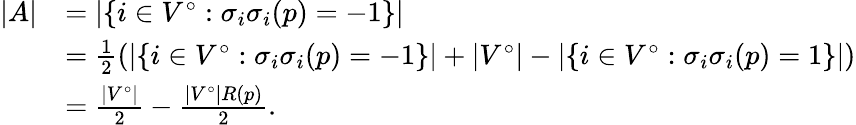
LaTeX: \begin{array}{rl}{|A|}&{=|\{ i\in V^{\circ}:\sigma_{i}\sigma_{i}(p)=-1\} |}\\ &{=\frac{1}{2}(|\{ i\in V^{\circ}:\sigma_{i}\sigma_{i}(p)=-1\} |+|V^{\circ}|-|\{ i\in V^{\circ}:\sigma_{i}\sigma_{i}(p)=1\} |)}\\ &{=\frac{|V^{\circ}|}{2}-\frac{|V^{\circ}|R(p)}{2}.}\end{array}